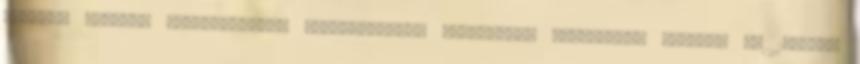
Róbert, Kőbánya polgármestere köszöntőjében történelmi eseménynek nevezte az 1880-as